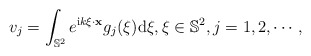
\begin{align*} v_j=\int_{\mathbb S^2}e^{\mathrm ik\xi\cdot \mathbf x}g_j(\xi)\mathrm d\xi,\xi\in \mathbb S^2, j=1,2,\cdots, \end{align*}